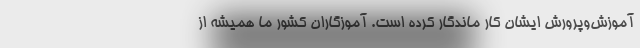
آموزش‌وپرورش ایشان کار ماندگار کرده است. آموزگاران کشور ما همیشه از